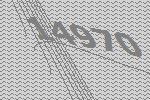
14970